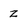
Character: z